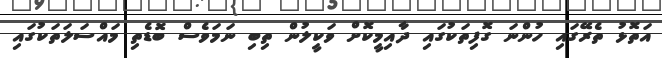
އަތޮޅު ތެރޭގައި ހުންނަ ގޮފިތަކުގައި ދާއިމީކޮށް ވަކީލުން ތިބި ނަމަވެސް ބޮޑެތި މައްސަލަތަކުގައި